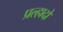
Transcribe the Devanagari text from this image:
प्रल्हादो